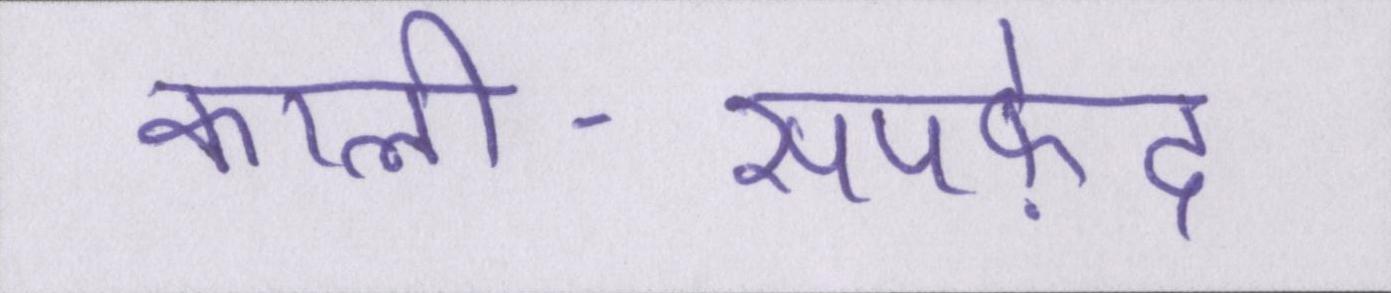
काली-सपफ़ेद